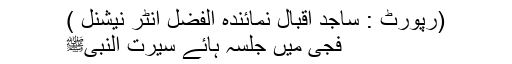
(رپورٹ : ساجد اقبال نمائندہ الفضل انٹر نیشنل )
فجی میں جلسہ ہائے سیرت النبیﷺ